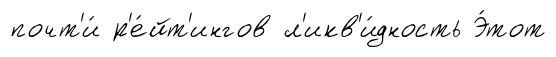
почт'и́ р'е́йт'ингов л'икв'и́дность Э́тот